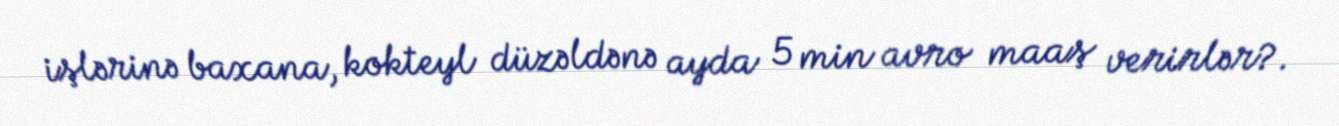
işlərinə baxana, kokteyl düzəldənə ayda 5 min avro maaş verirlər?.